Insane asylums Bombay 1873-77 - 1873-1877
Year: 1873
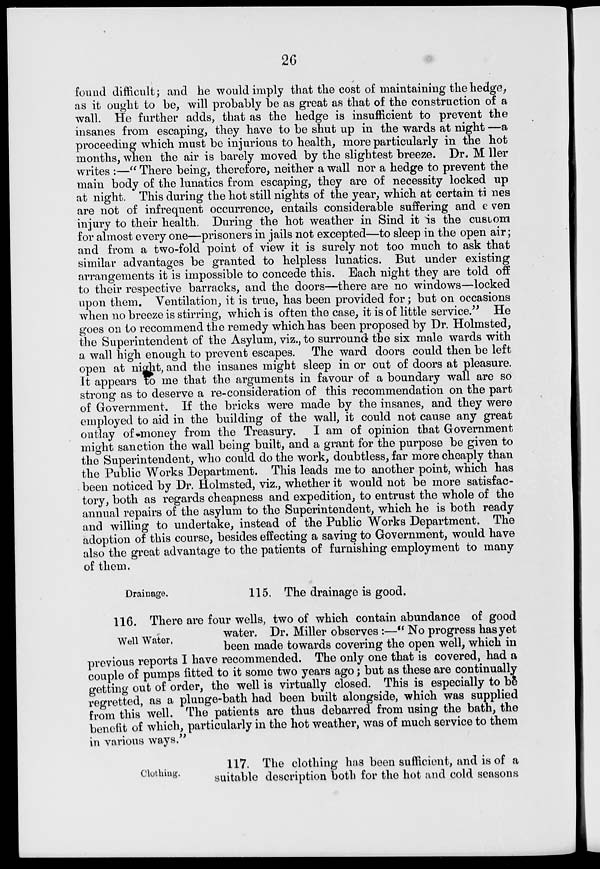
26
found difficult; and he would imply that the cost of maintaining the hedge,
as it ought to be, will probably be as great as that of the construction of a
wall. He further adds, that as the hedge is insufficient to prevent the
insanes from escaping, they have to be shut up in the wards at night —a
proceeding which must be injurious to health, more particularly in the hot
months, when the air is barely moved by the slightest breeze. Dr. M ller
writes :—" There being, therefore, neither a wall nor a hedge to prevent the
main body of the lunatics from escaping, they are of necessity locked up
at night. This during the hot still nights of the year, which at certain ti nes
are not of infrequent occurrence, entails considerable suffering and even
injury to their health. During the hot weather in Sind it is the custom
for almost every one—prisoners in jails not excepted—to sleep in the open air;
and from a two-fold point of view it is surely not too much to ask that
similar advantages be granted to helpless lunatics. But under existing
arrangements it is impossible to concede this. Each night they are told off
to their respective barracks, and the doors—there are no windows—locked
upon them. Ventilation, it is true, has been provided for; but on occasions
when no breeze is stirring, which is often the case, it is of little service." He
goes on to recommend the remedy which has been proposed by Dr. Holmsted,
the Superintendent of the Asylum, viz., to surround the six male wards with
a wall high enough to prevent escapes. The ward doors could then be left
open at night, and the insanes might sleep in or out of doors at pleasure.
It appears to me that the arguments in favour of a boundary wall are so
strong as to deserve a re-consideration of this recommendation on the part
of Government. If the bricks were made by the insanes, and they were
employed to aid in the building of the wall, it could not cause any great
outlay of money from the Treasury. I am of opinion that Government
might sanction the wall being built, and a grant for the purpose be given to
the Superintendent, who could do the work, doubtless, far more cheaply than
the Public Works Department. This leads me to another point, which has
been noticed by Dr. Holmsted, viz., whether it would not be more satisfac-
tory, both as regards cheapness and expedition, to entrust the whole of the
annual repairs of the asylum to the Superintendent, which he is both ready
and willing to undertake, instead of the Public Works Department. The
adoption of this course, besides effecting a saving to Government, would have
also the great advantage to the patients of furnishing employment to many
of them.
Drainage.
115. The drainage is good.
Well Water,
116. There are four wells, two of which contain abundance of good
water. Dr. Miller observes :—" No progress has yet
been made towards covering the open well, which in
previous reports I have recommended. The only one that is covered, had a
couple of pumps fitted to it some two years ago; but as these are continually
getting out of order, the well is virtually closed. This is especially to be
regretted, as a plunge-bath had been built alongside, which was supplied
from this well. The patients are thus debarred from using the bath, the
benefit of which, particularly in the hot weather, was of much service to them
in various ways."
Clothing.
117. The clothing has been sufficient, and is of a
suitable description both for the hot and cold seasons